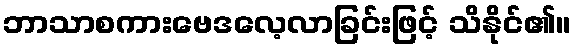
ဘာသာစကားဗေဒလေ့လာခြင်းဖြင့် သိနိုင်၏။